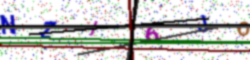
Text: NZI6JO